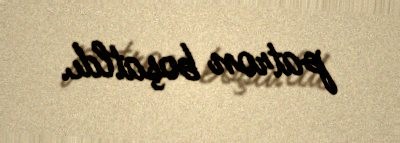
patron boşatldı.